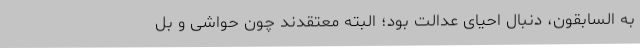
به السابقون، دنبال احیای عدالت بود؛ البته معتقدند چون حواشی‌ و بل